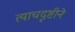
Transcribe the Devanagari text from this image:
त्याचदृष्टीने